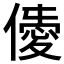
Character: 𠎹